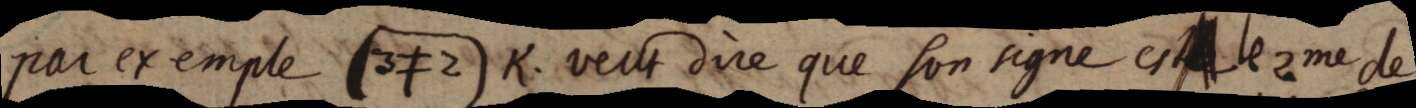
par exemple (3≠2) K. veut dire que son signe est le 2me de